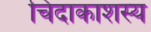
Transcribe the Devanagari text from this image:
चिदाकाशस्य